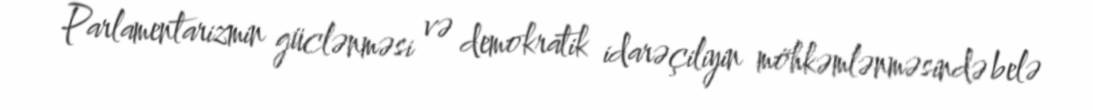
Parlamentarizmin güclənməsi və demokratik idarəçiliyin möhkəmlənməsində belə